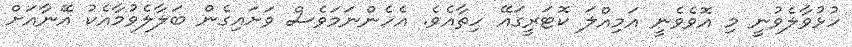
ހުޅުވާލެވުނީ މި އޮވެވެނީ އަމިއްލަ ކޮޓަރީގައޭ ހިތާއެވެ. އެހެންނަމަވެސް ވަށައިގެން ބަލާލެވުމާއެކު އޭނާއަށް